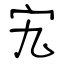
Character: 宄